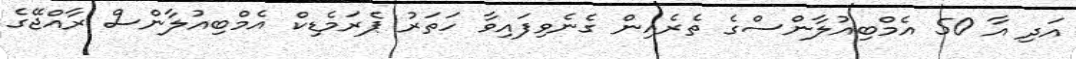
އަދި އާ 50 އެމްބިއުލާންސްގެ ތެރެއިން ގެނެވިފައިވާ ހަތަރު ޕެރަމެޑިކް އެމްބިއުލާންސް ރާއްޖޭގެ